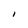
Character: i